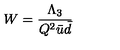
W = \frac { \Lambda _ { 3 } } { Q ^ { 2 } \bar { u } \bar { d } }